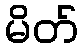
မိတ်